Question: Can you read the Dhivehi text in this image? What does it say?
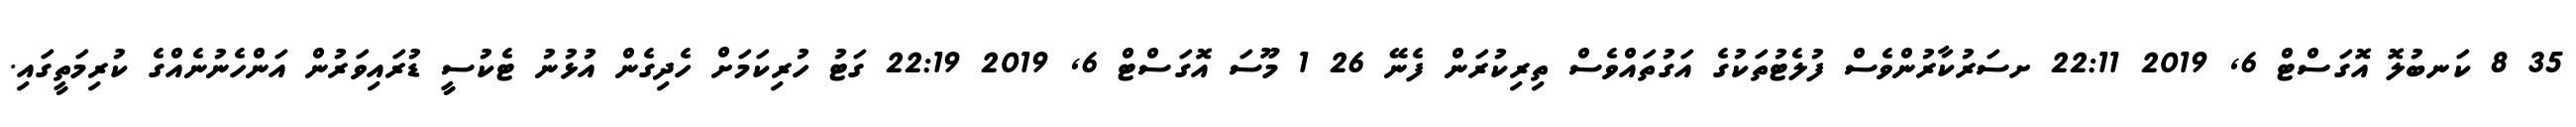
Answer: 35 8 ކަނބުލޮ އޮގަސްޓް 6, 2019 22:11 ށސަރުކާރުންވެސް ފުލެޓުތަކުގެ އަގުތައްވެސް ތިރިކުރަން ފެނޭ 26 1 މޫސަ އޮގަސްޓް 6, 2019 22:19 ގަޓު ހުރިކަމަށް ހެދިގެން އުޅުނު ޓެކުސީ ޑުރައިވަރުން އަންހެނުނެއްގެ ކުރިމަތީގައި.